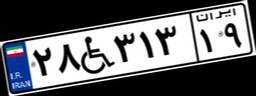
۲۸W۳۱۳۱۹